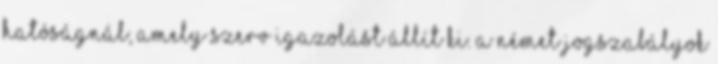
hatóságnál, amely szerv igazolást állít ki. A német jogszabályok